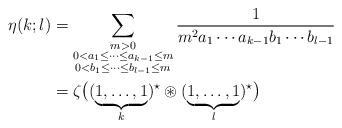
LaTeX: \begin{align*}\eta(k;l)&=\sum_{\substack{m>0\\0<a_1\leq\cdots\leq a_{k-1}\leq m\\0<b_1\leq\cdots\leq b_{l-1}\leq m}}\frac{1}{m^2a_1\cdots a_{k-1} b_1\cdots b_{l-1}}\\&=\zeta\bigl((\underbrace{1,\ldots,1}_k)^\star\circledast(\underbrace{1,\ldots,1}_l)^\star\bigr)\end{align*}